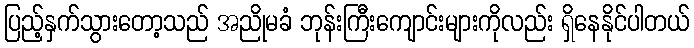
ပြည့်နှက်သွားတော့သည် အညိုမခံ ဘုန်းကြီးကျောင်းများကိုလည်း ရှိနေနိုင်ပါတယ်